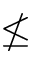
\nleq